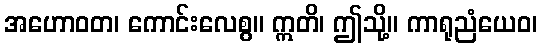
အဟောဝတ၊ ကောင်းလေစွ။ ဣတိ၊ ဤသို့။ ကာရုညံယေဝ၊